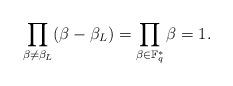
LaTeX: \begin{align*} \prod_{\beta\neq\beta_L}^{} (\beta-\beta_L) = \prod_{\beta\in\mathbb{F}_q^*}^{} \beta = 1. \end{align*}